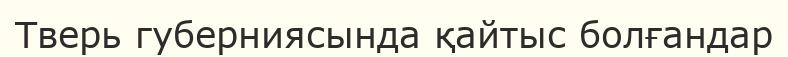
Тверь губерниясында қайтыс болғандар